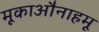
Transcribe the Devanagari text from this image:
मूकाऔनाहमू